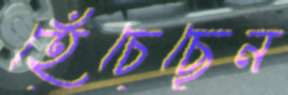
হেঁচেছেন